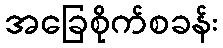
အခြေစိုက်စခန်း